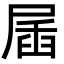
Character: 㞚